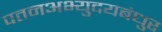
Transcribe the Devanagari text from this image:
पतनअभ्युदयबंधुर